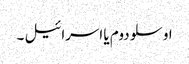
اوسلو دوم یا اسرائیل ۔